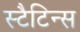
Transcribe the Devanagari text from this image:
स्टैटिन्स